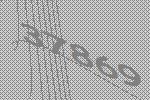
37869